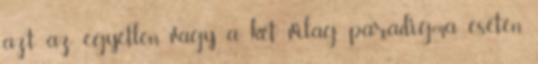
azt az egyetlen vagy a két világ paradigma esetén